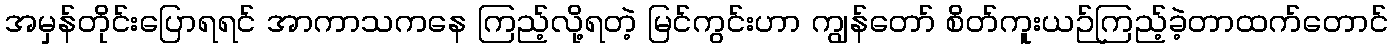
အမှန်တိုင်းပြောရရင် အာကာသကနေ ကြည့်လို့ရတဲ့ မြင်ကွင်းဟာ ကျွန်တော် စိတ်ကူးယဉ်ကြည့်ခဲ့တာထက်တောင်